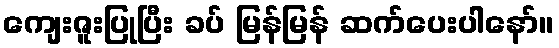
ကျေးဇူးပြုပြီး ခပ် မြန်မြန် ဆက်ပေးပါနော်။